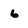
Character: 6